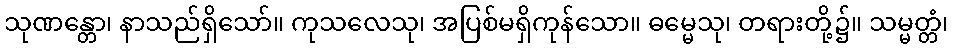
သုဏန္တော၊ နာသည်ရှိသော်။ ကုသလေသု၊ အပြစ်မရှိကုန်သော။ ဓမ္မေသု၊ တရားတို့၌။ သမ္မတ္တံ၊